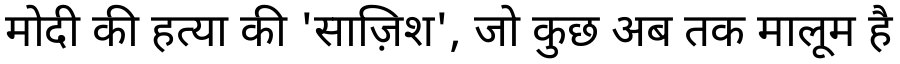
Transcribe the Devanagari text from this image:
मोदी की हत्या की 'साज़िश', जो कुछ अब तक मालूम है